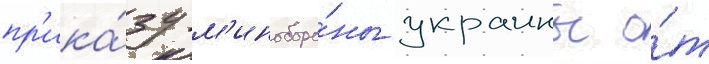
пр'ика́зу м'иноборо́ны украины о́т